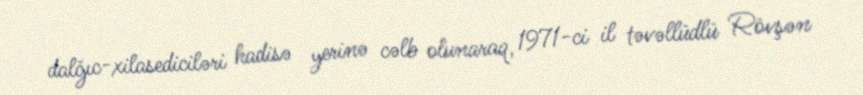
dalğıc-xilasediciləri hadisə yerinə cəlb olunaraq, 1971-ci il təvəllüdlü Rövşən